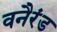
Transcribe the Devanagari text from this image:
वनैरंड